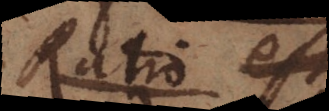
ratio est